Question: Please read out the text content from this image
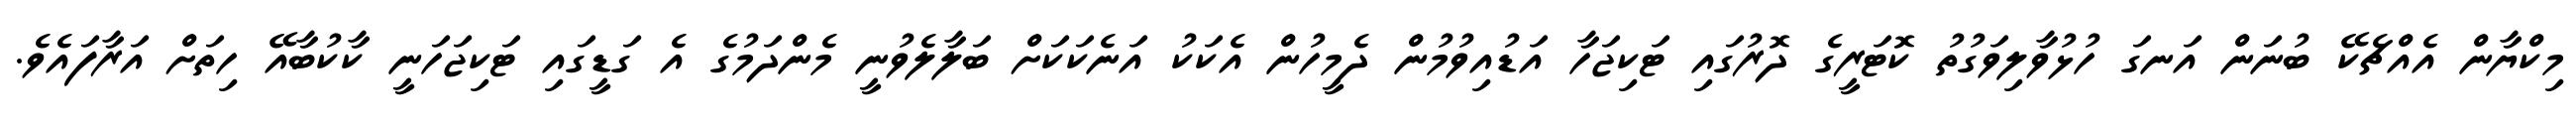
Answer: މިކްޔާން އެއްޗެކޭ ބުނަން އަނގަ ހުޅުވާލިވަގުތު ކޮޓަރީގެ ދޮރުގައި ޓަކިޖަހާ އަޑުއިވުމުން ދެމީހުން އެކަކު އަނެކަކަށް ބަލާލެވުނީ މެންދަމުގެ އެ ގަޑީގައި ޓަކިޖަހަނީ ކާކުބާއޭ ހިތަށް އަރާފައެވެ.